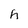
Character: h